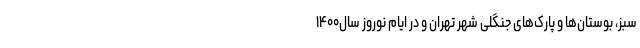
سبز، بوستان‌ها و پارک‌های جنگلی شهر تهران و در ایام نوروز سال۱۴۰۰